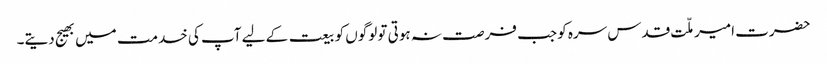
حضرت امیر ملّت قدس سرہ کو جب فرصت نہ ہوتی تو لوگوں کو بیعت کے لیے آپ کی خدمت میں بھیج دیتے۔